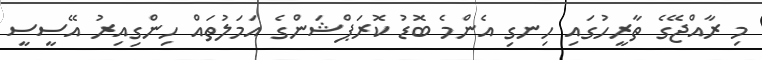
މި ރާއްޖޭގެ ތާރީހުގައި ހިނގި އެންމެ ބޮޑު ކޮރަޕްޝަންގެ އަމަލުތައް ހިންގިއިރު އޭސީސީ